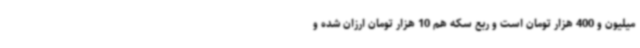
میلیون و 400 هزار تومان است و ربع سکه هم 10 هزار تومان ارزان شده و